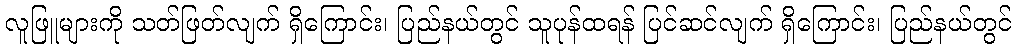
လူဖြူများကို သတ်ဖြတ်လျက် ရှိကြောင်း၊ ပြည်နယ်တွင် သူပုန်ထရန် ပြင်ဆင်လျက် ရှိကြောင်း၊ ပြည်နယ်တွင်